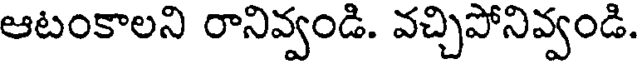
ఆటంకాలని రానివ్వండి. వచ్చిపోనివ్వండి.